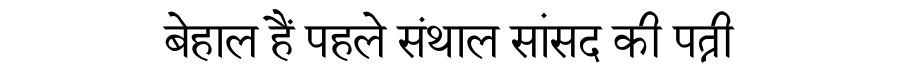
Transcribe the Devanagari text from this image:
बेहाल हैं पहले संथाल सांसद की पत्नी